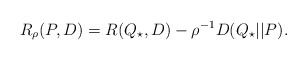
\begin{align*}R_\rho(P,D) = R(Q_\star,D) - \rho^{-1} D( Q_\star||P).\end{align*}